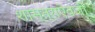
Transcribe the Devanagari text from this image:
शास्त्राऐवजी